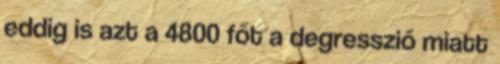
eddig is azt a 4800 főt a degresszió miatt